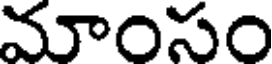
మాంసం